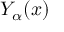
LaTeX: Y _ { \alpha } ( x )